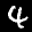
Label: 4